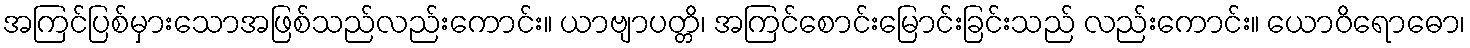
အကြင်ပြစ်မှားသောအဖြစ်သည်လည်းကောင်း။ ယာဗျာပတ္တိ၊ အကြင်စောင်းမြောင်းခြင်းသည် လည်းကောင်း။ ယောဝိရောဓော၊